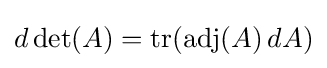
d\det(A)=\operatorname {tr} (\operatorname {adj} (A)\,dA)